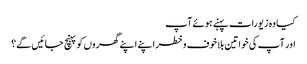
کیا وہ زیورات پہنے ہوئے آپ
اور آپ کی خواتین بلاخوف وخطر اپنے اپنے گھروں کو پہنچ جائیں گے؟